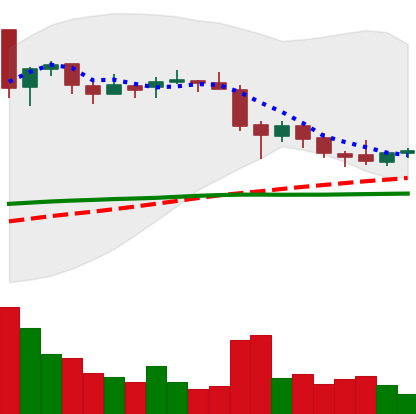
Ticker: EOS-USD
Chart end date: 2018-05-19
Forward return: -3.163%
Label: down_3_5